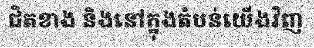
ជិតខាង និងនៅក្នុងតំបន់យើងវិញ